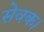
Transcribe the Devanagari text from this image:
सेवक।